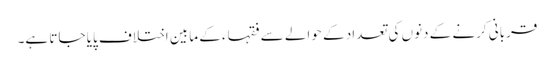
قربانی کرنے کے دنوں کی تعداد کے حوالے سے فقہاء کے مابین اختلاف پایا جاتا ہے۔